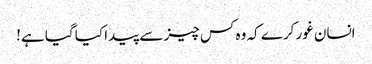
انسان غور کرے کہ وہ کس چیز سے پیدا کیا گیا ہے!